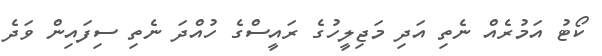
ކޯޓު އަމުރެއް ނެތި އަދި މަޖިލީހުގެ ރައީސްގެ ހުއްދަ ނެތި ސިފައިން ވަދެ